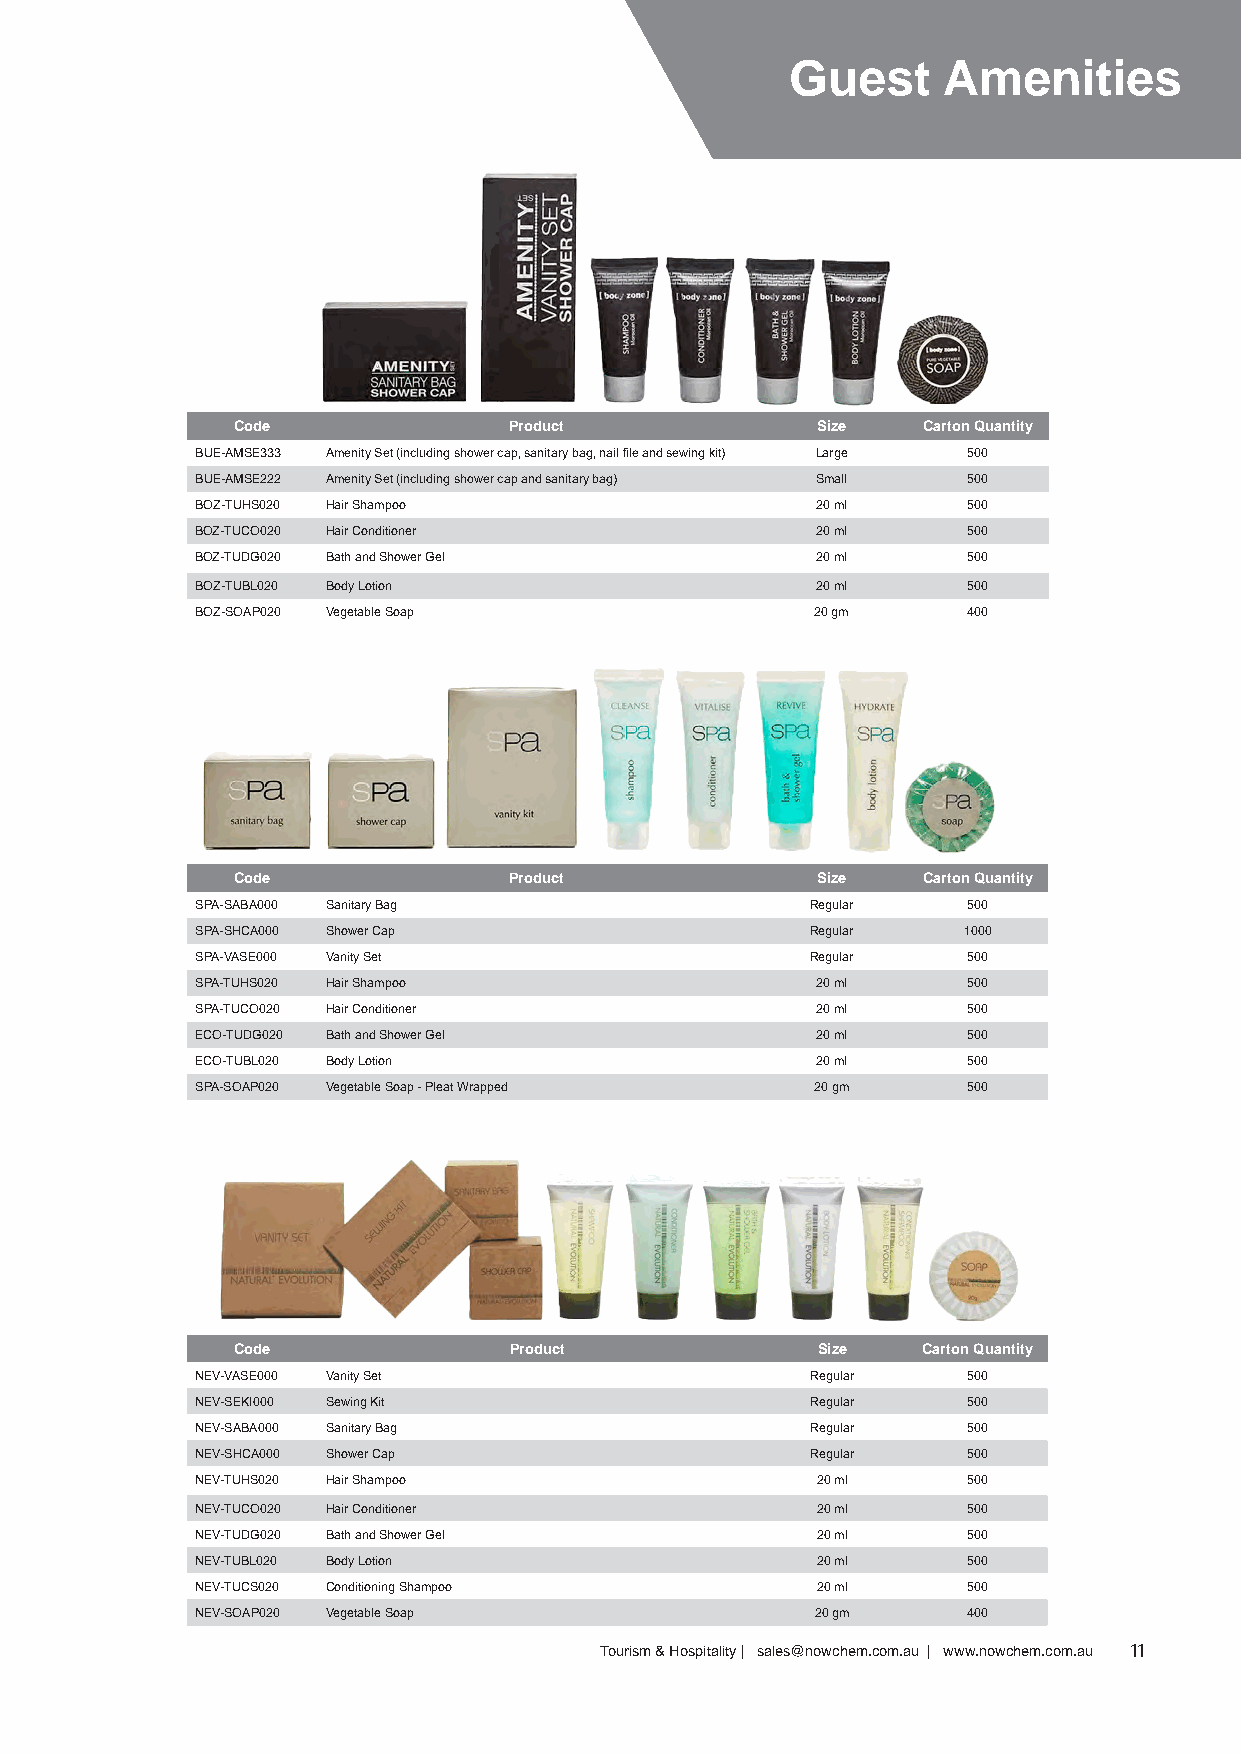
Guest     Amenities
 Code               Product             Size   Carton Quantity
 BUE-AMSE333 Amenity Set (including shower cap, sanitary bag, nail file and sewing kit) Large 500
 BUE-AMSE222 Amenity Set (including shower cap and sanitary bag) Small 500
 BOZ-TUHS020 Hair Shampoo                 20 ml     500
 BOZ-TUCO020 Hair Conditioner             20 ml     500
 BOZ-TUDG020 Bath and Shower Gel          20 ml     500
 BOZ-TUBL020 Body Lotion                  20 ml     500
 BOZ-SOAP020 Vegetable Soap               20 gm     400
 Code               Product             Size   Carton Quantity
 SPA-SABA000 Sanitary Bag                 Regular   500
 SPA-SHCA000 Shower Cap                   Regular   1000
 SPA-VASE000 Vanity Set                   Regular   500
 SPA-TUHS020 Hair Shampoo                 20 ml     500
 SPA-TUCO020 Hair Conditioner             20 ml     500
 ECO-TUDG020 Bath and Shower Gel          20 ml     500
 ECO-TUBL020 Body Lotion                  20 ml     500
 SPA-SOAP020 Vegetable Soap - Pleat Wrapped 20 gm   500
 Code               Product             Size   Carton Quantity
 NEV-VASE000 Vanity Set                   Regular   500
 NEV-SEKI000 Sewing Kit                   Regular   500
 NEV-SABA000 Sanitary Bag                 Regular   500
 NEV-SHCA000 Shower Cap                   Regular   500
 NEV-TUHS020 Hair Shampoo                 20 ml     500
 NEV-TUCO020 Hair Conditioner             20 ml     500
 NEV-TUDG020 Bath and Shower Gel          20 ml     500
 NEV-TUBL020 Body Lotion                  20 ml     500
 NEV-TUCS020 Conditioning Shampoo         20 ml     500
 NEV-SOAP020 Vegetable Soap               20 gm     400
 Tourism & Hospitality | sales@nowchem.com.au | www.nowchem.com.au 11